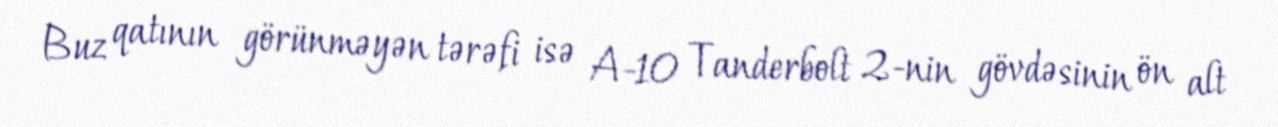
Buz qatının görünməyən tərəfi isə A-10 Tanderbolt 2-nin gövdəsinin ön alt